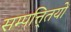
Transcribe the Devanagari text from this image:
सम्पत्ति्तयों